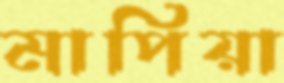
মাপিয়া